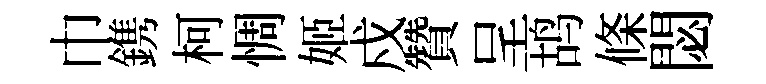
巾鎸柯惆姬戍贊呈鸪條閟